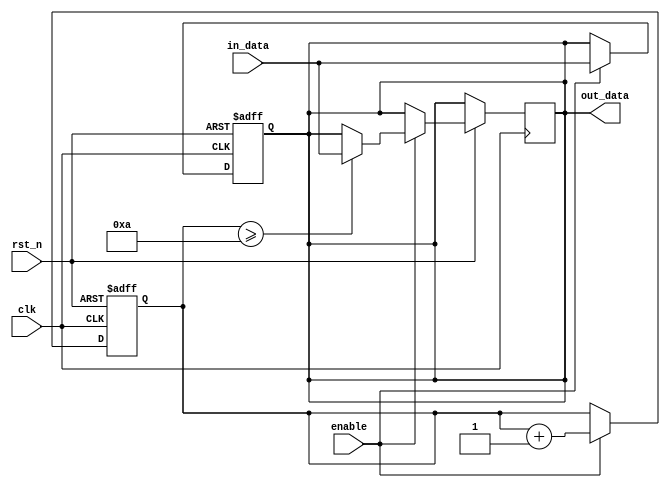
module rc_delay (
    input wire rst_n,           // Reset signal
    input wire clk,             // Clock signal
    input wire enable,          // Enable signal
    input wire in_data,         // Input data signal
    output reg out_data         // Output data signal with delay
);

// Define resistor and capacitor values for RC delay
parameter REAL_RESISTOR = 1.0;   // Resistor value in ohms
parameter REAL_CAPACITOR = 1.0;  // Capacitor value in farads
parameter DELAY = 10;            // Delay in clock cycles

// Internal signals
reg [31:0] counter;   // Counter for delay
reg [31:0] delay;     // Delay value based on resistor and capacitor

// Calculate delay value based on resistor and capacitor
assign delay = REAL_RESISTOR * REAL_CAPACITOR * 1000; // Delay in milliseconds

// Synchronize input data with clock
always @(posedge clk or negedge rst_n) begin
    if (~rst_n) begin
        out_data <= 1'b0;
    end else if (enable) begin
        out_data <= in_data;
    end
end

// Add RC delay to output data
always @(posedge clk or negedge rst_n) begin
    if (~rst_n) begin
        counter <= 0;
    end else if (enable) begin
        counter <= counter + 1;
        if (counter >= DELAY) begin
            out_data <= in_data;
        end
    end
end

endmodule